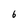
Character: 6